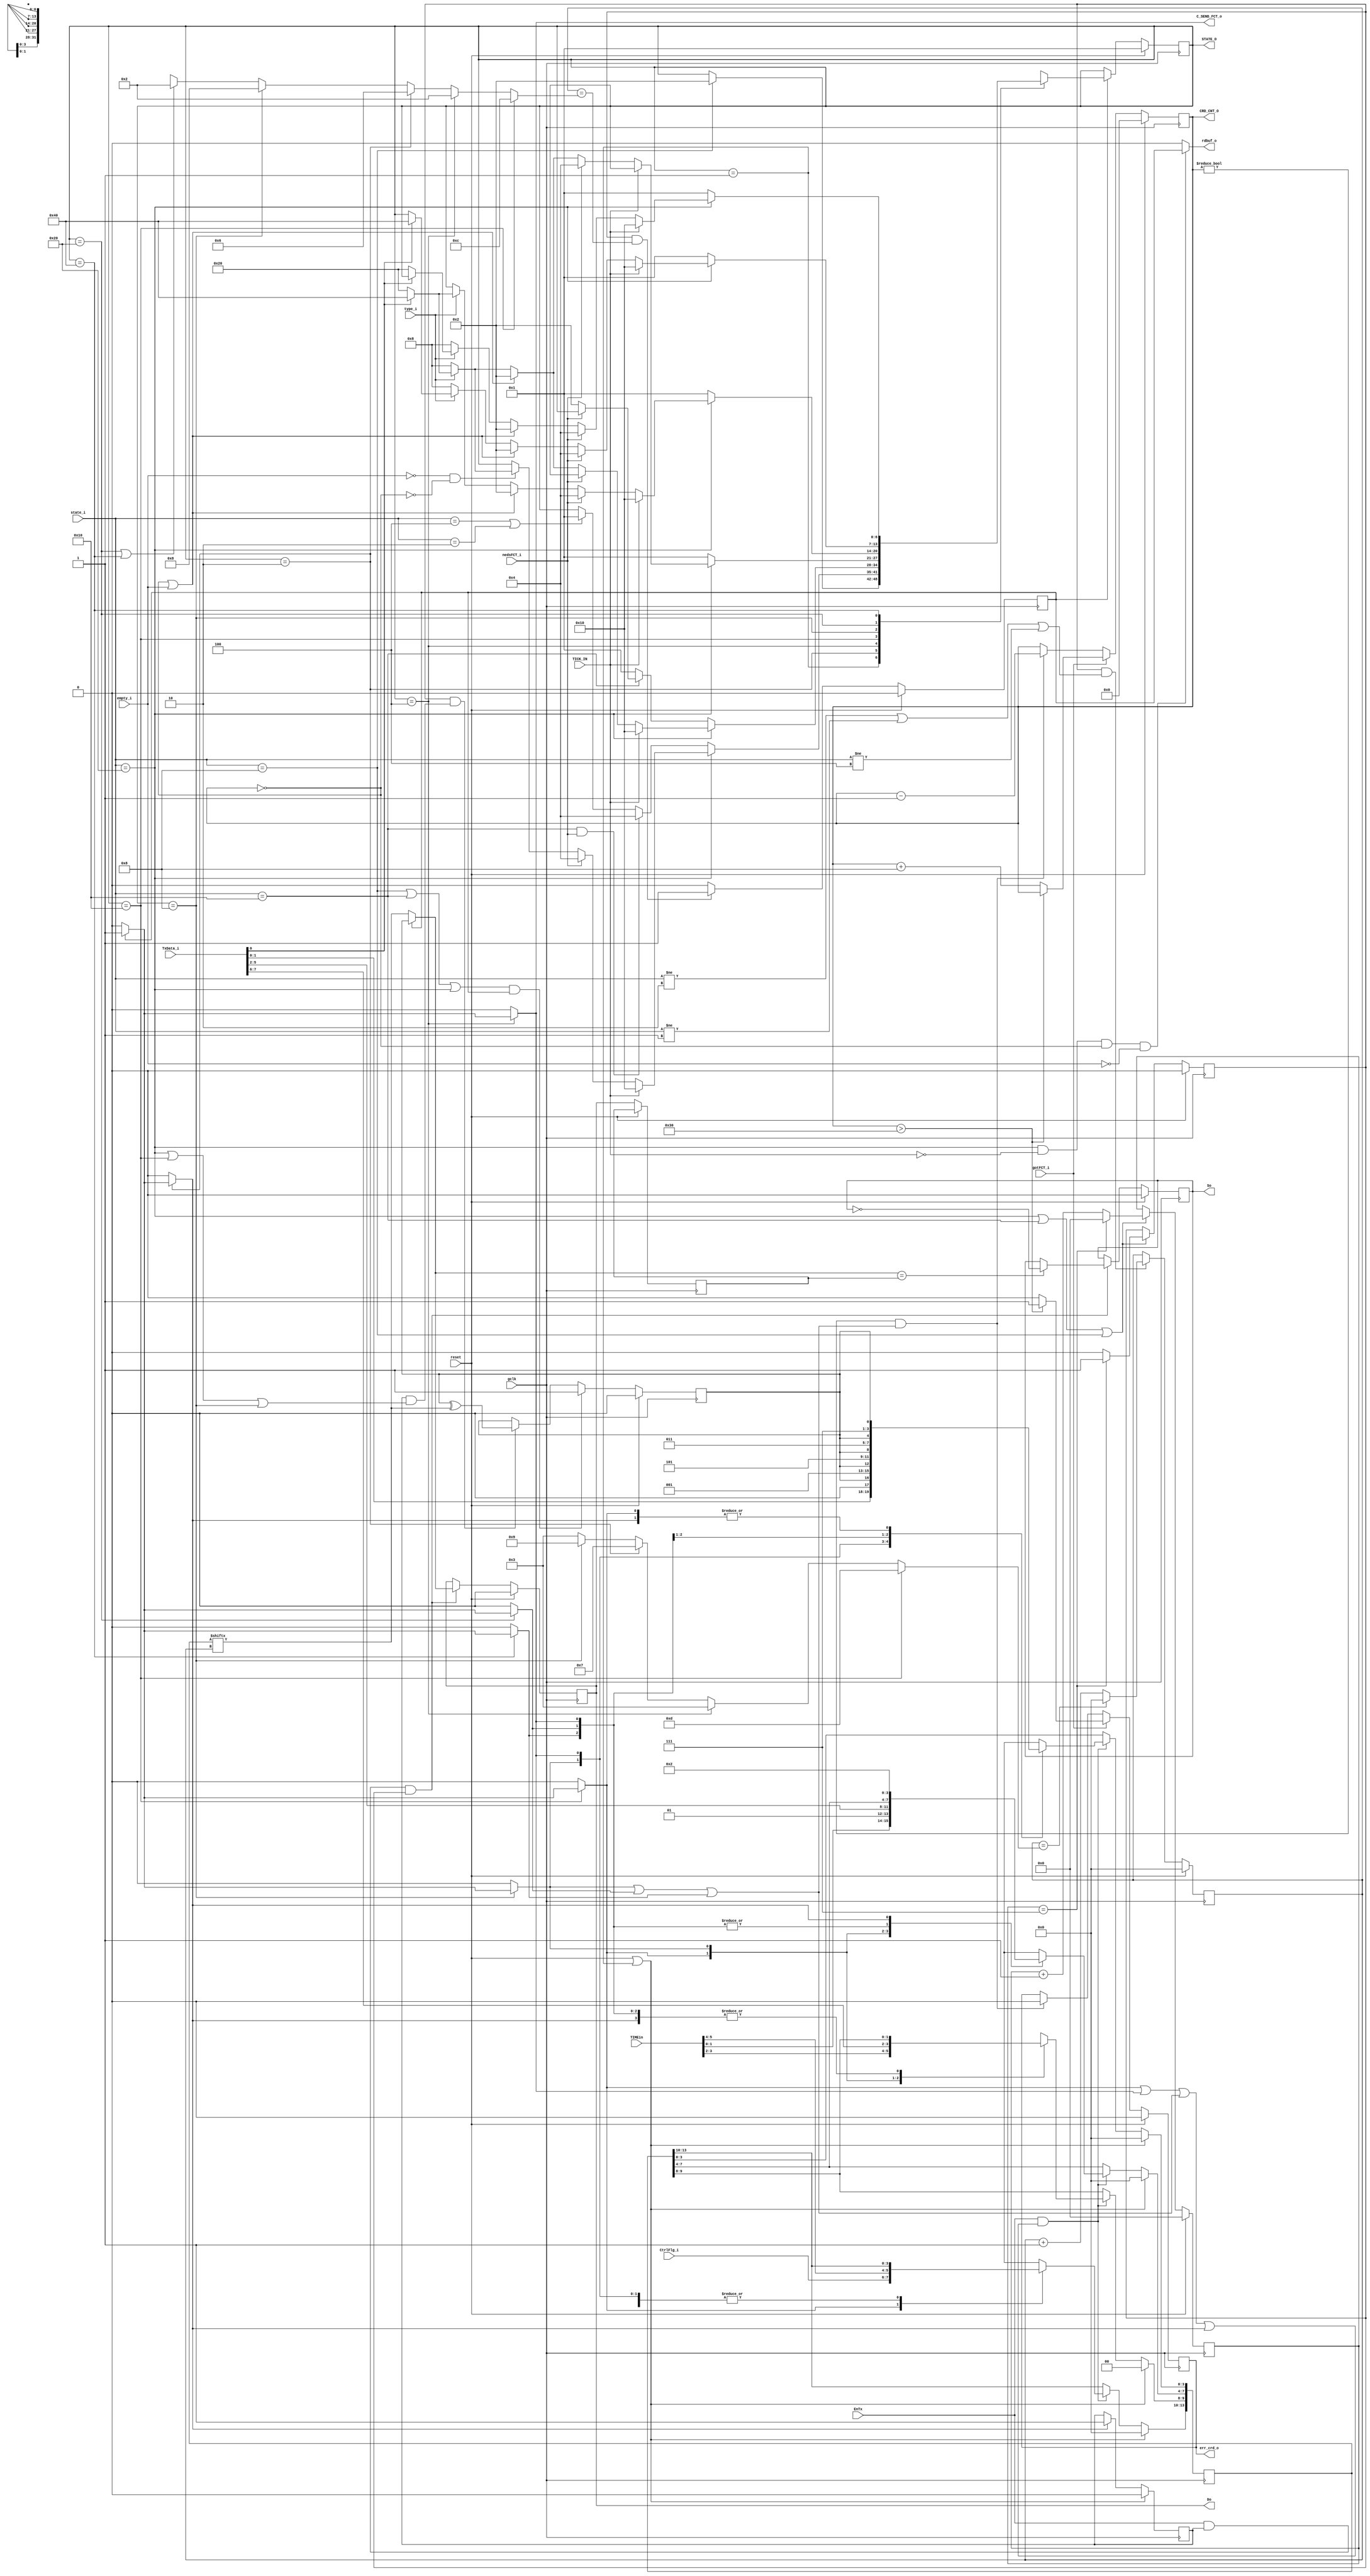
//File name=Module=Transmitter  2005-2-18      btltz@mail.china.com    btltz from CASIC  
//Description:   Transmitter of the SpaceWire encoder-decoder.    
//Origin:        SpaceWire Std - Draft-1(Clause 8) of ECSS(European Cooperation for Space Standardization),ESTEC,ESA.
//--     TODO:   make the rtl faster
////////////////////////////////////////////////////////////////////////////////////
//
/*synthesis translate off*/
`timescale 1ns/100ps
/*synthesis translate on */
`define gFreq  80	  //low frequence for fpga 
`define ErrorReset  6'b000001
`define ErrorWait   6'b000010
`define Ready       6'b000100
`define Started     6'b001000     
`define Connecting  6'b010000
`define Run         6'b100000
`define reset  1	  // WISHBONE standard reset

module Transmitter  //#(parameter DW=8)
                   (output reg Do,So,    //Transmitter data out & strobe out to LVDS driver                    
                 	  output reg err_crd_o,    
// special input from the receiver
                    input gotFCT_i,   //Input from the Receiver
                                     //The transmitter is responsible for keeping track of the FCTs received
                    input nedsFCT_i,
                    output C_SEND_FCT_o, //output to the osd_cnt in the Rx	
                    input EnTx, //enable tx | disable tx
                    /*input Send_NULLS, Send_FCTs, Send_N_chars, Send_TIME_PATTERNs,*///Input from the PPU
   /***************  input AUTOSTART,	********************/
//interface to the fifo
                    output rdbuf_o, //Output to the fifo
                    input empty_i,
                    input type_i,  //0(data) or 1(EOP or EEP)      
                    input [7:0] TxData_i,   //the data or control flag that need to be transmitted
                 //   input[7:0] Vec_Txfifo,  //the number of the vector of the Tx fifo 
//Time interface                   
                    input TICK_IN,//Only one node in a SpaceWire network should have an active TICK_IN signal.
                    input [1:0] CtrlFlg_i/* synthesis syn_keep=1 */, //two-bit control flag input.Reserved for future use.
                    input [5:0] TIMEin,
//Interface with register to show status or for control
		              output [5:0] CRD_CNT_O,
						  output [6:0]	STATE_O,
						//  input [31:0]SPE_CTL,
						                      
//global signal input
                    input[5:0] state_i,                
                    input reset,   //this reset is from the CODEC FSM(the PPU)
                    input gclk /* synthesis syn_isclock = 1 */
                    );

parameter PaseW  = 14;   //The Width of the parallel-series convert register
                         //Reserve some to further
parameter True = 1;
parameter False = 0;

//Control characters.Go with a parity bit as their prefix(LSB).
parameter FCT  = 3'b001, ESC  = 3'b111,   //"L-Char":Link-characters. 
          EOP  = 3'b101, EEP  = 3'b011;   //or Data-Char are all "N-Char":Normal-characters
parameter NULL = 7'b0010_111;
parameter TIME_PATTERN = 5'b01111; //Go with a parity bit before and 8 bits time value from LSB 2 MSB after

               parameter StateNum = 7;
               parameter RESET        = 7'b0000001;               
               parameter SEND_NULL    = 7'b0000010;           
               parameter SEND_FCT     = 7'b0000100; 
               parameter SEND_DATA    = 7'b0001000;
               parameter SEND_TIME	  = 7'b0010000;
					parameter SEND_EOP     = 7'b0100000;              
               parameter SEND_EEP     = 7'b1000000;  //EEP may be written into the transmitter interface
               parameter DEFLT        =    'bx;
               
               parameter CntW = 10;   //Max:1024.   This width could manipulate from 1G to 1M

                 parameter gFreq = `gFreq;                 
                 parameter RQ = 10;  //Required frequence for transmitting.
                 parameter divNum =  (gFreq==80 && RQ==10) ? 7  : 
					                      ( (gFreq==100 && RQ==10) ? 9  :
												  ( (gFreq==120 && RQ==10) ? 11  :
												   ( (gFreq==50  && RQ==10) ?  4 : 'bx  )))  ;

reg [PaseW-1:0] Pase;     //the parallel-series convert register
//reg [PaseW-1:0] Pase_;  //defined as reg for assignment.Synthesised as wire.Output of combinatorial logic

reg C_SEND_TIME;  //pulse command for sending a time code(2 byte)
reg C_SEND_FCT;   //pulse command for sending a FCT(1 byte)
reg C_SEND_DATA;  //pulse command for sending a DATA(read from fifo,1 byte)
reg C_SEND_EOP;   //pulse command for sending a EOP with a type indication from host "type_i"
reg C_SEND_EEP;   //pulse command for sending a EEP with a type indication from host "type_i"
reg C_SEND_NULL;  //pulse command for sending a NULL for link activation(1 byte)
assign C_SEND_FCT_o = C_SEND_FCT; 

reg [5:0] crd_cnt; //a credit count of the number of characters it has been given permission to send.
                   //indicates the buffer space of the opposite Rx buffer in annother node 
reg p;             //The parity bit
reg StartSend;
reg [StateNum-1:0] state, next_state/* synthesis syn_encoding="safe,onhot" */;
assign STATE_O = state;

wire Sending = StartSend && ( (state_i == `Run)||(state == `Connecting)||(state == `Started ));
wire C_SEND_Nchar = C_SEND_DATA || C_SEND_EOP || C_SEND_EEP;
//................................................................................................
////////////////////////
//The Tx clk generator: 
// Responsible for producing the variable data signalling clock signals used by the transmitter.    
// Due to the use of a global clock in FPGAs , this block is really generating pulse for operation.
//
reg strobe;  //output pulse to the internal of this transmitter  
reg [CntW-1:0] divcnt;	

//After a reset or disconnect initially commence operating at (101) Mb/s.
//Once in the Run state the transmitter operating rate can be set at any rate between max and min
always @(posedge gclk)   
begin  
 if(reset)  
   begin {divcnt,strobe} <= 0; end
 else if(state_i==`Run || state_i==`Connecting || state_i==`Started)
        begin
		      if(divcnt == divNum)
               begin   divcnt <= 0;  strobe <= 1;   end  
            else
               begin   divcnt <= divcnt + 1; strobe <= 0;  end
        end
end
/*...............................................................................................
///////////////////////////
// Input Signal Processing
//			
wire gotFCT;				 //wire is output of this Unit  								
reg Pro_gotFCT; 
always @(posedge gclk)
begin
if(reset) begin
  Pro_gotFCT <= 1'b0;
  Pro_nedsFCT <= 1'b1;  end
else 
  begin 
  Pro_gotFCT <= gotFCT_i;
  Pro_nedsFCT <= nedsFCT_i;
  end		
assign nedsFCT = nedsFCT_i && !Pro_ceasFCT;
assign gotFCT  = got_FCT_i && !Pro_gotFCT; */
wire gotFCT = gotFCT_i;		    //gotFCT_i is a pulse
wire nedsFCT = nedsFCT_i; 		 //nedsFCT_i is a level 

/////////////////////////////
//Send model control counter
//all data send behavior is controlled 
//
reg [3:0] mccnt;
reg scover_pre;  //overflow of the model control counter
always @(posedge gclk)
begin
  if (reset)
      begin  
		mccnt <= 0;   
		scover_pre <= 0;  
		end 
  else    begin
          scover_pre <= 0;		 
			 if  (strobe &&
			       mccnt==(     (state==SEND_TIME) ?  12   :   //14 bit time-code
                           ( (state==SEND_FCT)  ?   2   :   //4 bit FCT
                           ( (state==SEND_NULL) ?   6   :   //8 bit NULL
                           ( (state==SEND_DATA) ?   8   :    
							      ( (state==SEND_EOP || state==SEND_EEP) ? 2  : 'bx  //4 bit EOP/EEP or 10 bit data 
                           ))))) )
          scover_pre <= 1;  //this overflow signal is just 1 gclk width
			 //else
			 //scover_pre <= 0;

         if(strobe && (state_i != `ErrorWait || state_i != `ErrorReset || state_i != `Ready) ) //if strobe ,count
			    begin 
				 if( mccnt==( (state==SEND_TIME) ?  13   :   //14 bit time-code
                     ( (state==SEND_FCT)  ?   3   :   //4 bit FCT
                     ( (state==SEND_NULL) ?   7   :   //8 bit NULL
                     ( (state==SEND_DATA) ?   9   :	3 )	 //4 bit EOP/EEP or 10 bit data 
							  //(state==SEND_EOP || state==SEND_EEP) 9  
                      ))) )             
             mccnt <= 0;          
             else 
             mccnt <= mccnt + 1'b1;
				 end          
         end
end

//////////////////////////////
// Read synfifo synchronously
//
wire BUF_HAS_NCHAR = !empty_i;
assign rdbuf_o = (state_i==`Run &&  !TICK_IN && crd_cnt==0 && BUF_HAS_NCHAR) ? scover_pre : 0;

///////////////////////////
// DS Output and DS Encode 
//
reg Do_;
always @(posedge gclk)
begin
if(reset || state==RESET)
StartSend <=0;
else if(C_SEND_NULL)
StartSend <= 1'b1;
end

wire Do_gen = (scover_pre==True)  ? p : omux(mccnt,Pase);

always @(posedge gclk)
 if(reset) begin 
          Do <= 1'b0;//After reset or link error the Data and Strobe signals shall be set to zero.
                    //avoiding simultaneous transitions of Data and Strobe signals.
          So <= 1'b0;    end
 else  begin
       Do_ <= Do;    //Do_ is a IMMEDIATE trace of Do 
       if(EnTx && StartSend && strobe)   //to avoid send unwritten "Pase"(blank "Pase")
         begin
			Do <= Do_gen;   //ref the function at bottom 
		   if(Do_gen==Do_) 
         So <= !So;   //Data-Strobe (DS) encoding.The Strobe signal.Change state whenever the Data does not change from one bit to the next.
         end
		 end
/////////////////////
//Parity Gen
//		  
always @(posedge gclk)
if(reset) // fisrt p is 0
 p <= 1'b0;
else if(  (state_i==`Started || state_i==`Connecting || state_i==`Run) && scover_pre)
 p <= 1'b1;
//if(C_SEND_TIME || C_SEND_FCT || C_SEND_Nchar || C_SEND_NULL) 
else if(strobe && Sending)
 p <= p ^ Pase[mccnt];  // <- |0|1|2|3|4|5|6|7|

   /////////////////////////////
  // crd_cnt:   Credit Counter
 //        and err_crd_o made
////////////////////////////////
//If the credit error occurs in the Run state then the credit error shall be flagged up to the Network Level as a "link error"
wire ceasNchar = (crd_cnt==0);          //cease sending Normal char if the opsite Rx has no space any more
always @(posedge gclk)
begin
if(reset)
  begin  
  crd_cnt <= 0; //In PPUstate== ErrorReset the credit count shall be set to zero
  err_crd_o <= 0;
  end 			 //And if PPUstate==ErrorWait	or Started,a FCT also reset the PPU and Tx 
else begin
     if(gotFCT)
     begin 
       err_crd_o <= 0;
       if(crd_cnt>48) /*48+8=56*/ //because 56+8>63
       err_crd_o <= 1;
       else
       crd_cnt <= crd_cnt + 8;//..receives an FCT the transmitter shall increment the credit count by eight.
     end   
     else if(crd_cnt != 0 && ( C_SEND_Nchar ) )
          begin
          crd_cnt <= crd_cnt - 1;  //If the credit count reaches zero the transmitter shall cease sending N_char(and the cnt keep on zero)
          err_crd_o <= 0;
	       end
     end
end
assign CRD_CNT_O = crd_cnt;

///////////////////////////////
//Parallelly write Pase 
//
always@(posedge gclk)
begin:WRT_Pase
if(reset || state==RESET) 
   Pase <= 0;//after reset the first bit that is sent shall be a parity bit, this bit shall be set to zero
else if(EnTx && (C_SEND_TIME || C_SEND_FCT || C_SEND_Nchar || C_SEND_NULL)  )
  begin //When writing to the transmit interface the remaining data bits should be set to zero.
	 case(1'b1)   /* synthesis parallel_case*/
   C_SEND_TIME    :  Pase[13:0] <= {CtrlFlg_i,TIMEin[5:0],TIME_PATTERN,p};  //send system time. TIME = ESC + time code
                  //The MSB two bits of the time input are the two control-flag inputs and are reserved for future use.
   C_SEND_DATA    :  Pase[9:0] <= {TxData_i,1'b0,p};     //10 bit
	C_SEND_FCT     :  Pase[3:0] <= {FCT,p};  //4 bit "L-Char":
	C_SEND_EEP     :  Pase[3:0] <= {EOP,p};  //4 bit
   C_SEND_EOP     :  Pase[3:0] <= {EEP,p};  //4 bit
   C_SEND_NULL    :  Pase[7:0] <= {NULL,p}; //4 bit + 4 bit = 7+1; a NULL = a ESC + a FCT
    default       :  Pase[13:0] <=  'bx;    //for simulation 
    endcase
  end 
end //end WRT_Pase		
  
////////////////////////
//Fsm for control
//          Moore style
always @(posedge gclk)
if(reset==`reset)
  state <= RESET;   //Initialized state
else if(scover_pre)	// Too fast	state gen will cause problems
  state <= next_state;
//------ next_state assignment
always @(*)
begin:NEXT_ASSIGN
  //Default Values for FSM outputs:
    C_SEND_TIME = 0;
	 C_SEND_DATA = 0;    
    C_SEND_FCT = 0;  
    C_SEND_EOP = 0;
    C_SEND_EEP = 0;
	 C_SEND_NULL = 0;  
   //rdbuf_o = 0;
  //Use "Default next_state" style ->
    next_state = state;
      case(state)   /* synthesis parallel_case */
  RESET        :     begin
                       if(state_i==`Started)                       
                         next_state = SEND_NULL;
                      end
  SEND_NULL/*4th*/: begin  //This state only send NULL on the link and doing nothing else
          /*output*/ C_SEND_NULL = 1'b0;
			           if(scover_pre)  
                       C_SEND_NULL = 1'b1;  //when has sended 8, send another NULL
   /*state control*/if(state_i==`Run)
                       begin
                          if(TICK_IN==True) 									   
                             next_state = SEND_TIME;  //1st		                             
								  else if(nedsFCT)								     
                             next_state = SEND_FCT;   //2nd	
                          else if( empty_i==False && ceasNchar==False )
								       begin 
										 if(type_i==0)                                									                                     
                                  next_state = SEND_DATA;												 
                               else if(TxData_i[0]==0)	 										    									
                                  next_state = SEND_EOP;
                               else if(TxData_i[0]==1)	 												 
											 next_state = SEND_EEP;	
										 end											
                       	  //else  no time,no fct,no data, keep send "NULL"
                       end//end "state_i==Run"
                     else if(state_i==`Connecting && nedsFCT)
                             next_state = SEND_FCT;  //higher priority 
									  //else no FCT,keep send "NULL" to wait a "FCT" coming  
                     else if(state_i==`Ready || state_i==`ErrorWait)
                             next_state = RESET;  //err recovery                   
                     end
  SEND_FCT/*2nd*/:   begin   //each FCT = 8 N_char   
                     C_SEND_FCT = 1'b0;                  
          /*output*/ if(scover_pre)  //***
                        C_SEND_FCT = 1'b1;  //command for wrt reg "Pase"
   /*state control*/ if(state_i==`Run)
	                     begin 
                     	if(TICK_IN==True)	
	                     next_state = SEND_TIME; //1st                        
                        else if(nedsFCT==False) 
								     begin
								     if(ceasNchar || empty_i==True)
								     next_state = SEND_NULL; 
								     else if(type_i==0)  //empty_i==False
                             next_state = SEND_DATA; 
								     else if(TxData_i[0]==0)  //type_i==1	 										    									
                             next_state = SEND_EOP;
                             else //TxData_i[0]==1	 												 
								     next_state = SEND_EEP;
									  end	
								end
                      else if(state_i==`Connecting)
							      begin
									if(nedsFCT==False)//needn't to send FCT any more 
								     next_state = SEND_NULL;  
									end                        
                      else	//state != Run or Connecting 
                           next_state = RESET; //if not in Run || Connecting and enter this state,there must be a err
                     end 
  SEND_TIME/*1st*/:    begin                        
             /*output*/if(scover_pre)  //***
                            C_SEND_TIME = 1'b1;   //command for wrt reg "PaSe".priority 1
   /*state control*/   if(state_i == `Run)
                       begin
                         if(TICK_IN == False) 
                           begin 
                             if( nedsFCT )   //needn't send FCTs or data any more
                               next_state = SEND_FCT;    //2nd  
                             else if (ceasNchar || empty_i==True)
									  next_state = SEND_NULL; 
                             else if(type_i==0)	 //crd_cnt==0 && empty_i==False 
									  next_state = SEND_DATA;
                             else if(TxData_i[0]==0)//type_i==1 
                             next_state = SEND_EOP;
                             else //(TxData_i[0]==1)	 												 
									  next_state = SEND_EEP;	                    	                                      
                            end
                          //else if TICK_IN==True, keep send time
                       end //end  state_i == Run
                       else //if not in Run state and enter this state,return to RESET
                           next_state = RESET;	                       
                     end
  SEND_DATA/*3rd*/: begin  //data or EOP or EEP from host interface 
          /*output*/C_SEND_DATA = 1'b0;
				        if(scover_pre)                           
                    C_SEND_DATA = 1'b1;                              
      /*state control*/if(state_i==`Run)
                          begin
                             if(TICK_IN==True)
                                next_state = SEND_TIME;  //1st
                             else if(nedsFCT)
                             next_state = SEND_FCT;  //higher priority
                             else if ( ceasNchar || empty_i==True)
									  next_state = SEND_NULL;
                             else if(type_i==1)
									       begin
                                  if(TxData_i[0]==0)  //if not TICK_IN and crd_cnt==0 and empty
                                    next_state = SEND_EOP;
                                  else //(TxData_i[0]==1)	 												 
										      next_state = SEND_EEP;	 
											 end 
                             //else,keep                          
                           end //end state_i==Run
                        else  //if not in Run and enter this state, there must be a error
                           next_state = RESET;  
                     end
  SEND_EOP		 :  begin
            /*output*/ C_SEND_EOP = 1'b0; 
				           if(scover_pre)                           
                           C_SEND_EOP = 1'b1;                              
      /*state control*/if(state_i==`Run)
                          begin
                             if(TICK_IN==True)
                             next_state = SEND_TIME;  //1st
                             else if(nedsFCT)
                             next_state = SEND_FCT;  //higher priority
                             else if(ceasNchar || empty_i==True)
									  next_state = SEND_NULL;									  
                             else if(type_i==0)
									     next_state = SEND_DATA;
                             else if(TxData_i[0]==1)
									     next_state = SEND_EEP;                            
                             //else,keep                          
                           end  //end state_i == Run
                        else  //if not in Run and enter this state, there must be a error
                           next_state = RESET; 
                   end
  SEND_EEP      :  begin
                      C_SEND_EEP = 1'b0;    
                     if(scover_pre)
							    C_SEND_EEP = 1'b1;                              
      /*state control*/if(state_i==`Run)
                          begin
                             if(TICK_IN==True)
                                next_state = SEND_TIME;  //1st
                             else if(nedsFCT)
                                next_state = SEND_FCT;  //2nd
                             else if(ceasNchar || empty_i==True) //if not TICK_IN and crd_cnt==0 and empty
                                next_state = SEND_NULL;  
                             else if(type_i==0)
									     next_state = SEND_DATA;
                             else if(TxData_i[0]==0)
									     next_state = SEND_EOP;                            
                             //else,keep                          
                           end  //end state_i == Run
                        else  //if not in Run and enter this state, there must be a error
                           next_state = RESET; 
                   end

    default     :    next_state = DEFLT;
   endcase
end //end combinatorial block "NEXT_ASSIGN"


function omux; //parellel to serial conversion,use a mux
   input [3:0] mccnt;
   input [PaseW-1:0] Pase;
begin
   omux = Pase[mccnt];
end
endfunction

/*
                 //   //1. Time-Code, highest priority;
                //   //2. FCTs, high priority;                
                   //   //3. N-Chars,low priority;
                  //   //4. NULL, lowest priority.         */
endmodule

`undef gFreq  
`undef ErrorReset  
`undef ErrorWait   
`undef Ready      
`undef Started         
`undef Connecting  
`undef Run       
`undef reset